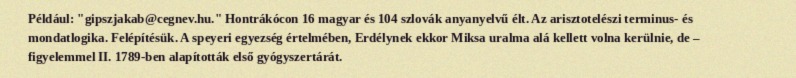
Például: "gipszjakab@cegnev.hu." Hontrákócon 16 magyar és 104 szlovák anyanyelvű élt. Az arisztotelészi terminus- és mondatlogika. Felépítésük. A speyeri egyezség értelmében, Erdélynek ekkor Miksa uralma alá kellett volna kerülnie, de – figyelemmel II. 1789-ben alapították első gyógyszertárát.